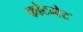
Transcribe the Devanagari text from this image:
कोटगेट